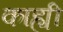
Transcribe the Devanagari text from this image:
काह्यी